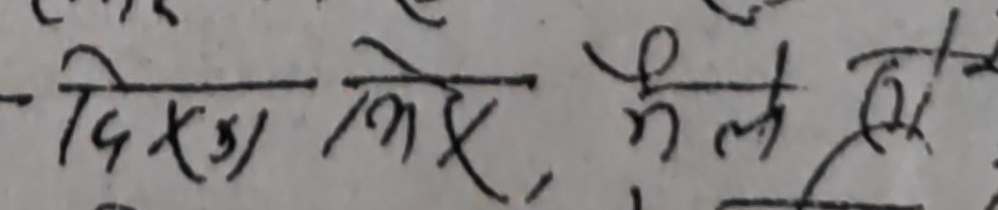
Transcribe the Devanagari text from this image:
दिख, कोई मैल होये